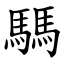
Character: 騳